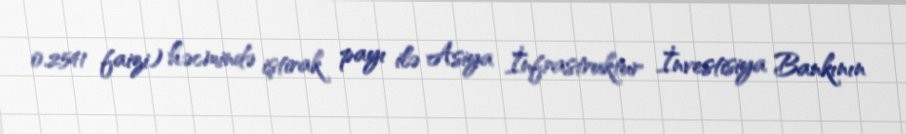
0.2541 faizi) həcmində iştirak payı ilə Asiya İnfrastruktur İnvestisiya Bankının